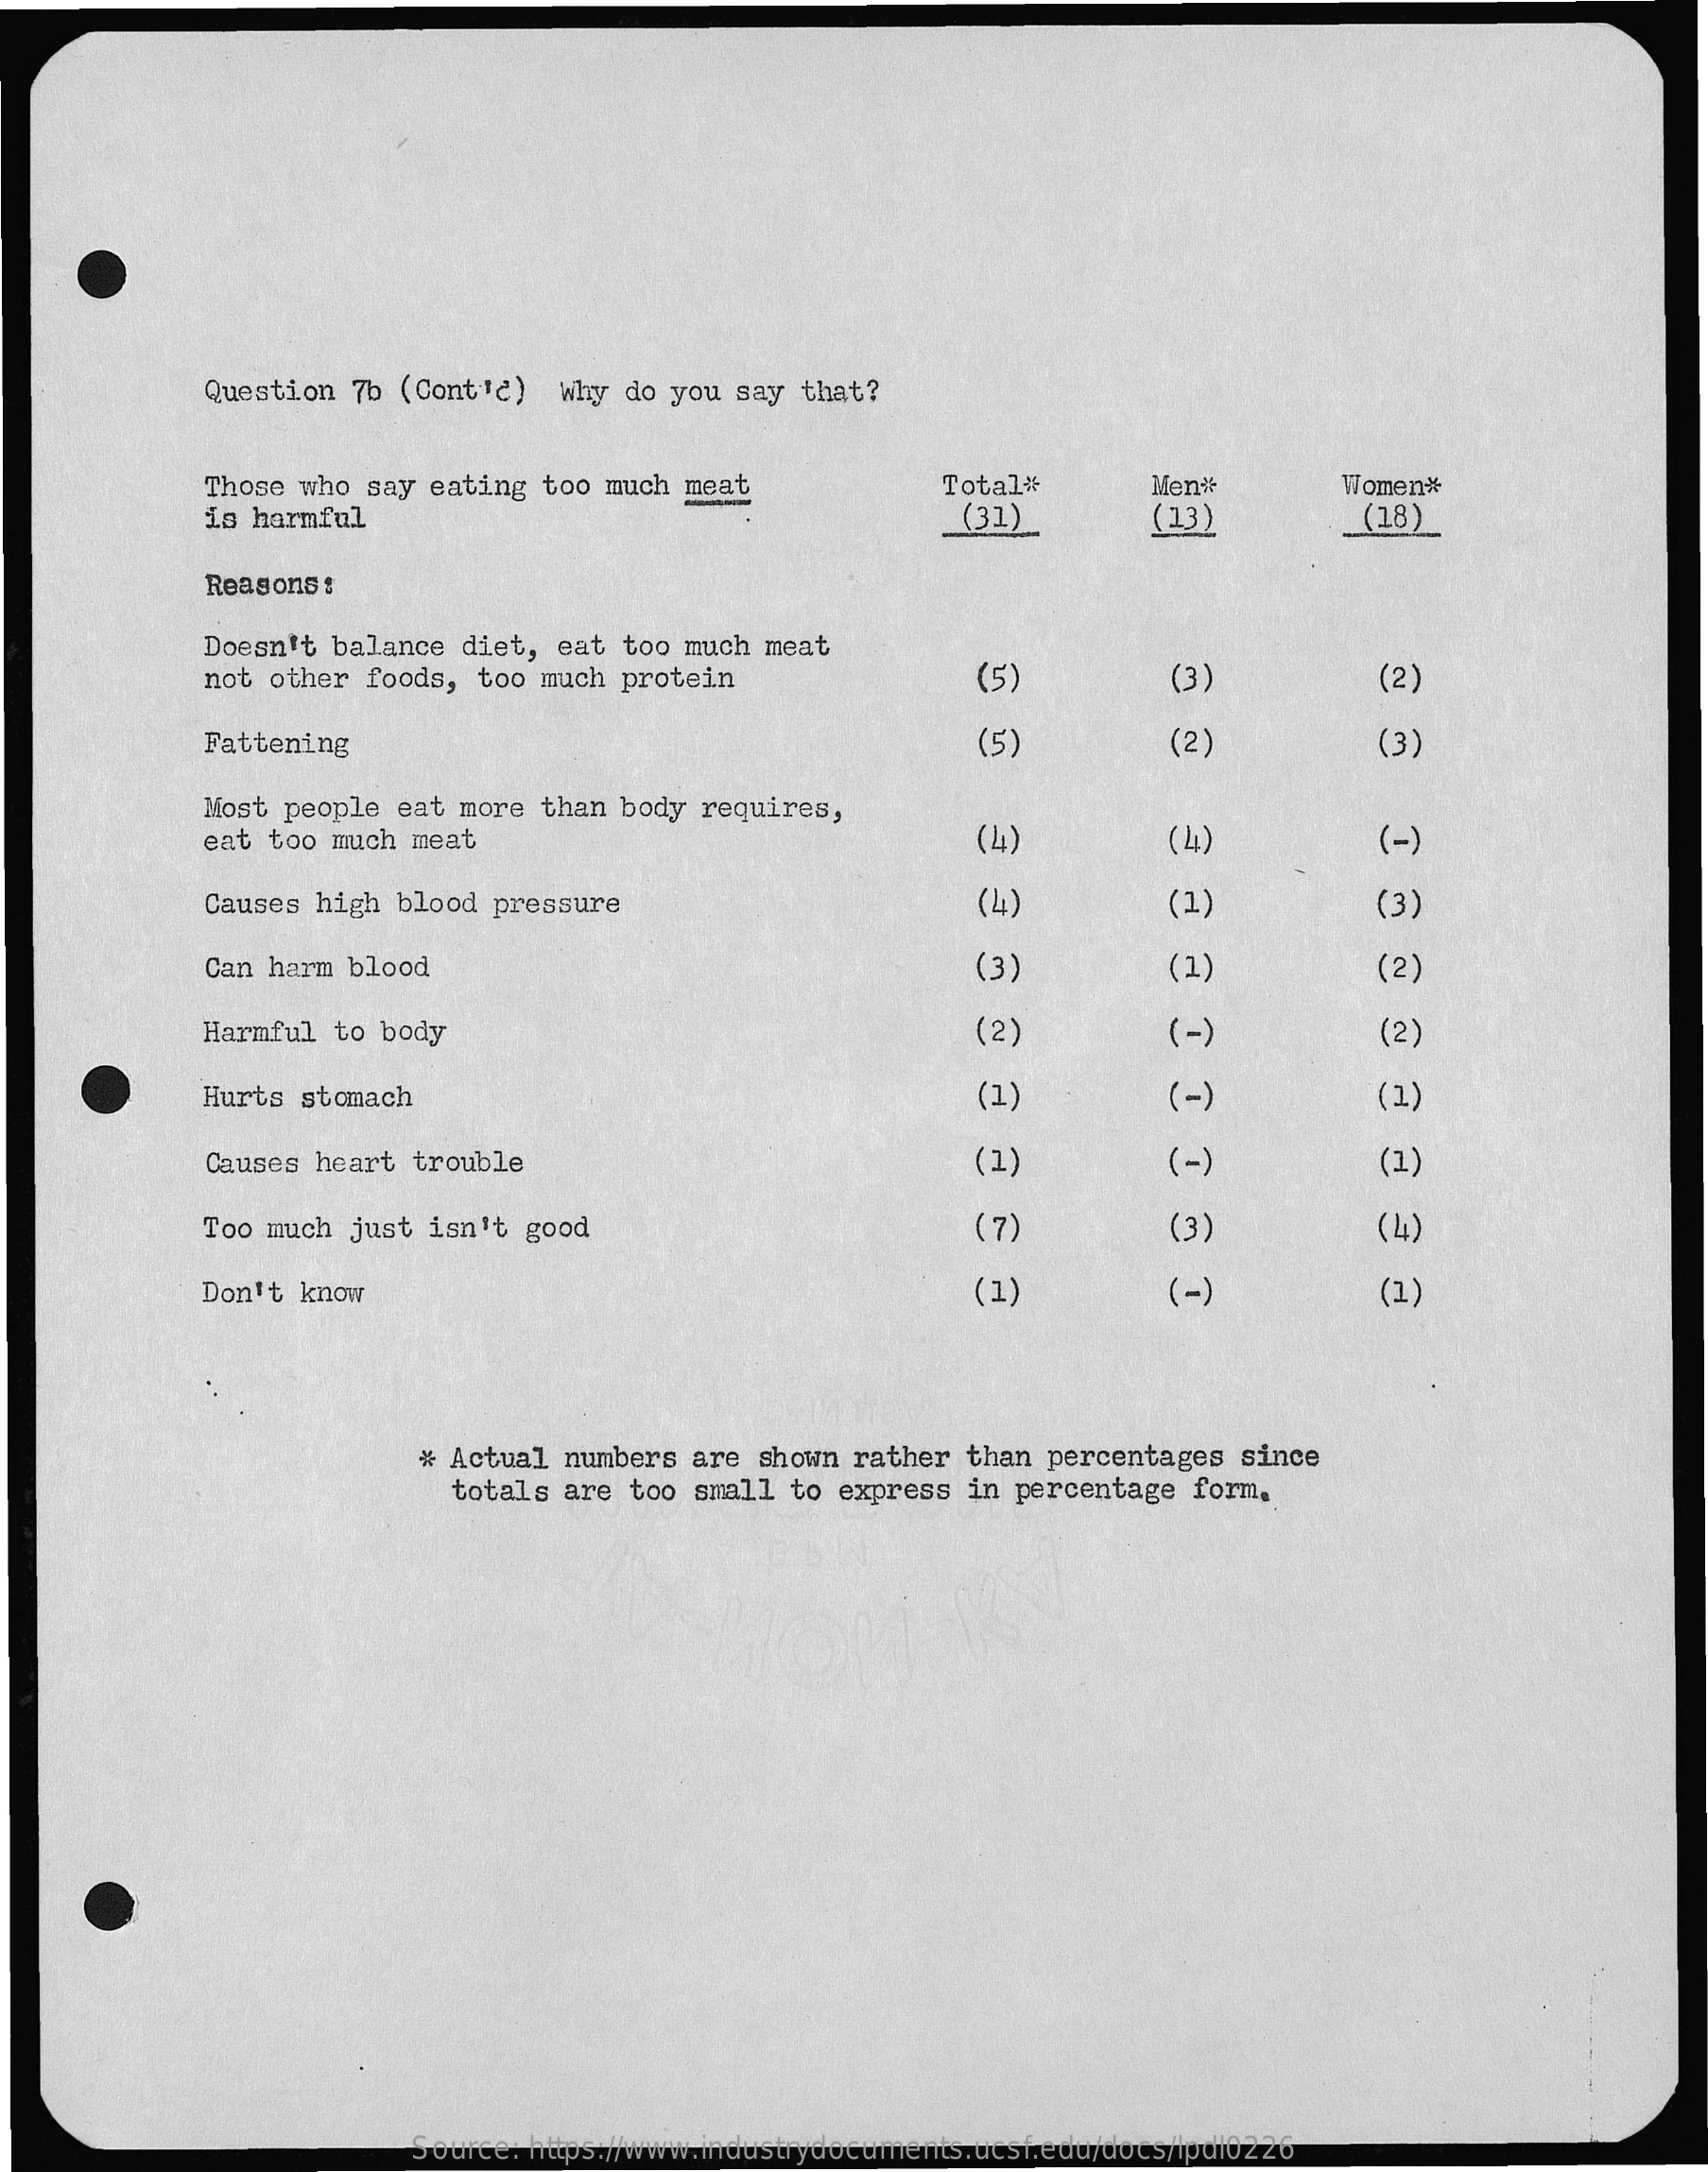
Question  7b (Contie)  why  do you say  that?
     Those who say  eating too  much meat
     -
     Total#
     (31)
     Men
     (33)
     Women*
     is harmful    (18)
     Reasons:
     Doesn't balance  diet, eat  too much meat
     not other  foods, too much  protein    (5)    (3)    (2)
     Fattening    (5)    (2)    (3)
     Most people  eat more than  body requires,
     eat too much meat    (4)    (4)    (-)
     Causes high  blood pressure    (4)    (1)    (3)
     Can harm blood    (3)    (1)    (2)
     Harmful  to body    (2)    (-)    (2)
     Hurts stomach    (1)    (-)    (1)
     Causes heart  trouble    (1)    (-)    (1)
     Too much just  isn't good    (7)    (3)    (4)
     Don't know    (1)    (-)    (1)
     # Actual  numbers are  shown rather  than percentages  since
     totals are too small  to express  in percentage  form.
     Source: https://www.industrydocuments.ucsf.edu/docs/lpdl0226